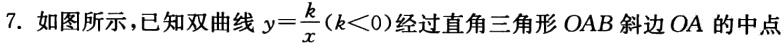
7. 如图所示，已知双曲线\(y = \frac{k}{x}(k<0)\)经过直角三角形\(OAB\)斜边\(OA\)的中点